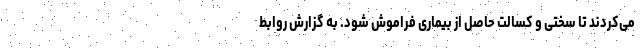
می‌کردند تا سختی و کسالت حاصل از بیماری فراموش شود. به گزارش روابط